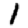
Digit: 1